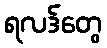
ရလဒ်တွေ